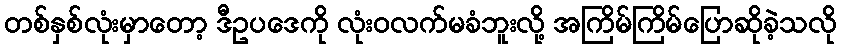
တစ်နှစ်လုံးမှာတော့ ဒီဥပဒေကို လုံးဝလက်မခံဘူးလို့ အကြိမ်ကြိမ်ပြောဆိုခဲ့သလို